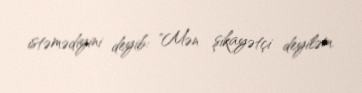
istəmədiyini deyib: "Mən şikayətçi deyiləm.